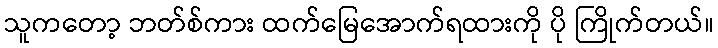
သူကတော့ ဘတ်စ်ကား ထက်မြေအောက်ရထားကို ပို ကြိုက်တယ်။